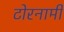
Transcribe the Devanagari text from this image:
टोरनामी